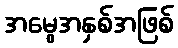
အမွေအနှစ်အဖြစ်